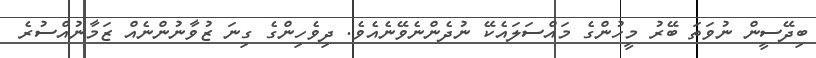
ބިދޭސީން ނުވަތަ ބޭރު މީހުންގެ މައްސަލައެކޭ ނުދެންނެވޭނެއެވެ. ދިވެހިންގެ ގިނަ ޒުވާނުންނެއް ޒަމާނުއްސުރެ